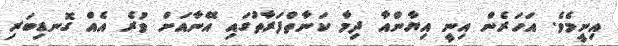
އިނީމެވެ. އަހަރެން އިނީ އިޔާންއާ ދިމާ ކަނާތްފަރާތުގައި އޭނާއަށް ވުރެ އެއް ގޮނޑިބަރި